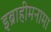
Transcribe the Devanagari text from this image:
इब्राहीमनामा